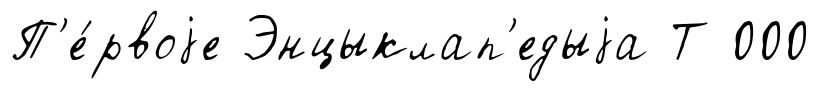
П'е́рвоjе Энцыклап'едыjа Т 000